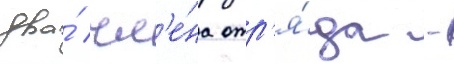
два́ чл'е́на отр'я́да -